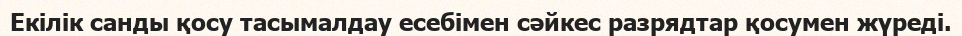
Екiлiк санды қосу тасымалдау есебiмен сәйкес разрядтар қосумен жүредi.